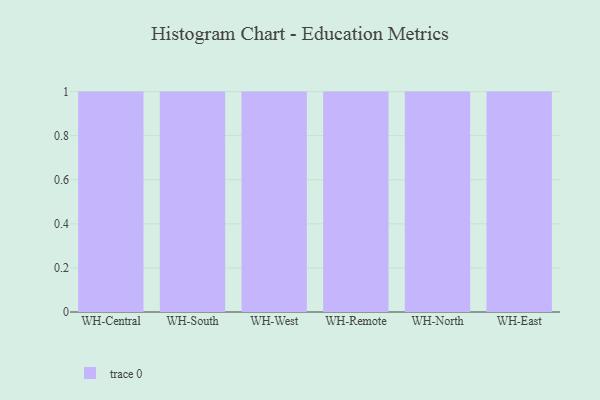
{"axis": {"x": "Warehouse", "y": "Bounce Rate (%)"}, "legend": [""], "data": [{"x": "WH-Central", "y": 39, "type": ""}, {"x": "WH-South", "y": 42, "type": ""}, {"x": "WH-West", "y": 38, "type": ""}, {"x": "WH-Remote", "y": 92, "type": ""}, {"x": "WH-North", "y": 66, "type": ""}, {"x": "WH-East", "y": 26, "type": ""}]}